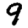
Digit: 9